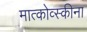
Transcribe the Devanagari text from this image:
मात्कोव्स्कीना